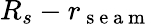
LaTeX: R_{s}-r_{\mathrm{~s~e~a~m~}}